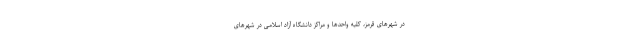
در شهرهای قرمز، کلیه واحدها و مراکز دانشگاه آزاد اسلامی در شهرهای